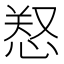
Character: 𢜂